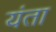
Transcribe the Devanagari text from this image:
यंता